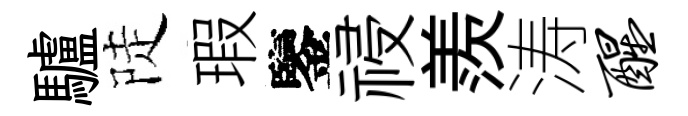
驢陡瑕鑒祲羨涛醒